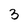
Character: 3